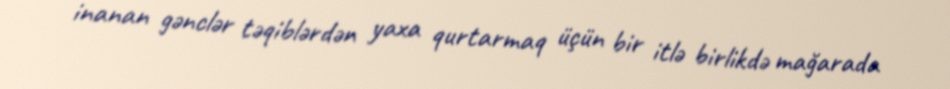
inanan gənclər təqiblərdən yaxa qurtarmaq üçün bir itlə birlikdə mağarada